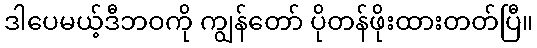
ဒါပေမယ့်ဒီဘဝကို ကျွန်တော် ပိုတန်ဖိုးထားတတ်ပြီ။